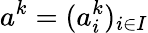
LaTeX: a^{k}=(a_{i}^{k})_{i\in I}